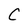
Character: C